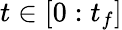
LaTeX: t\in[0:t_{f}]